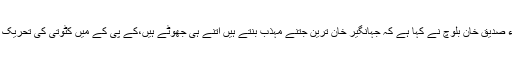
2015ء)مسلم لیگ(ن) کے رہنماء صدیق خان بلوچ نے کہا ہے کہ جہانگیر خان ترین جتنے مہذب بنتے ہیں اتنے ہی جھوٹے ہیں،کے پی کے میں کٹوتی کی تحریک جہانگیر ترین کے خلاف ہی چلی۔